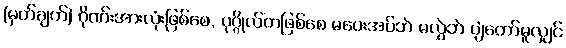
(မှတ်ချက်) ဂိုဏ်းအားလုံးဖြစ်စေ, ပုဂ္ဂိုလ်ကဖြစ်စေ မပေးအပ်ဘဲ မလွှဲဘဲ ပျံတော်မူလျှင်